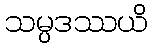
သမ္ပဒဿယိ